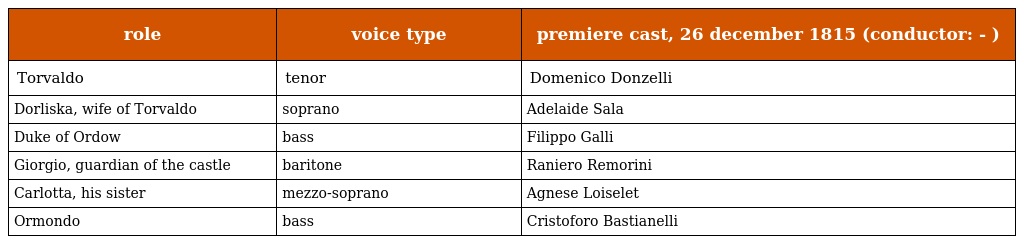
| role | voice type | premiere cast, 26 december 1815 (conductor: - ) |
 | --- | --- | --- |
 | Torvaldo | tenor | Domenico Donzelli |
 | Dorliska, wife of Torvaldo | soprano | Adelaide Sala |
 | Duke of Ordow | bass | Filippo Galli |
 | Giorgio, guardian of the castle | baritone | Raniero Remorini |
 | Carlotta, his sister | mezzo-soprano | Agnese Loiselet |
 | Ormondo | bass | Cristoforo Bastianelli |